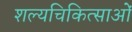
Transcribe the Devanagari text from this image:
शल्यचिकित्साओं